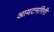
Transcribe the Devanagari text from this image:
आयटमगिरी